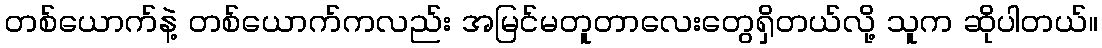
တစ်ယောက်နဲ့ တစ်ယောက်ကလည်း အမြင်မတူတာလေးတွေရှိတယ်လို့ သူက ဆိုပါတယ်။